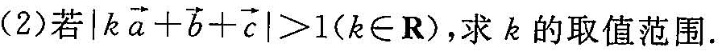
(2)若$$| k \overrightarrow { a } + \overrightarrow { b } + \overrightarrow { c } | > 1$$($$k \in R$$ )，求k的取值范围.